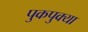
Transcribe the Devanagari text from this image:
पुकपुक्या